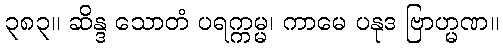
၃၈၃။ ဆိန္ဒ သောတံ ပရက္ကမ္မ၊ ကာမေ ပနုဒ ဗြာဟ္မဏ။